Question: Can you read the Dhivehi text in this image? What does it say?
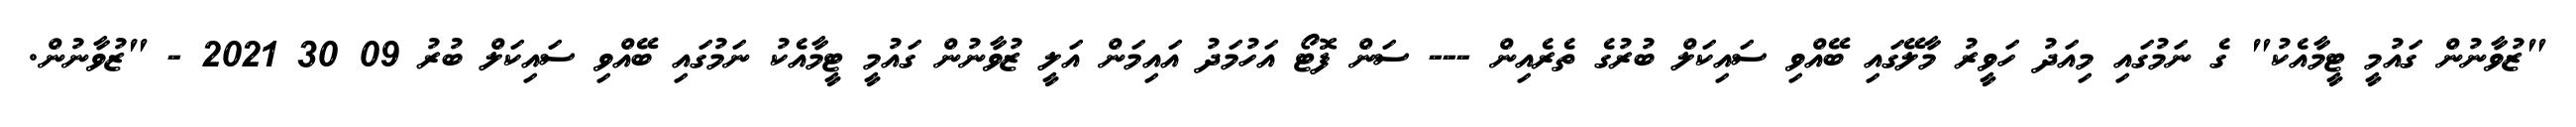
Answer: "ޒުވާނުން ގައުމީ ޓީމާއެކު" ގެ ނަމުގައި މިއަދު ހަވީރު މާލޭގައި ބޭއްވި ސައިކަލް ބުރުގެ ތެރެއިން --- ސަން ފޮޓޯ އަހުމަދު އައިމަން އަލީ ޒުވާނުން ގައުމީ ޓީމާއެކު ނަމުގައި ބޭއްވި ސައިކަލް ބުރު 09 30 2021 - "ޒުވާނުން.